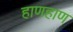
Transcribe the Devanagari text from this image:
हाणहाण